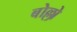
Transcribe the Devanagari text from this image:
बोल्लो